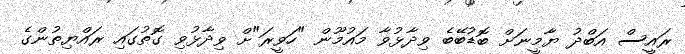
ރައީސް އަބްދު ޔާމީނަށް ބޮޑުބޭބެ ވިދާޅުވާ މައުމޫން "ހަވީރަ"ށް ވިދާޅުވި ގޮތުގައި ރައްޔިތުންގެ